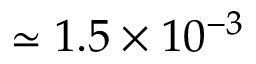
\simeq 1 . 5 \times 1 0 ^ { - 3 }